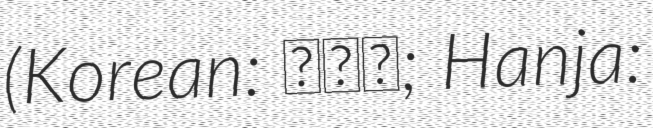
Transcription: (Korean: 한찬희; Hanja: